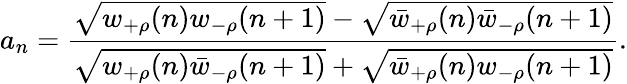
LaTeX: a_{n}=\frac{\sqrt{w_{+\rho}(n)w_{-\rho}(n+1)}-\sqrt{\bar{w}_{+\rho}(n)\bar{w}_{-\rho}(n+1)}}{\sqrt{w_{+\rho}(n)\bar{w}_{-\rho}(n+1)}+\sqrt{\bar{w}_{+\rho}(n)w_{-\rho}(n+1)}}.